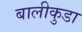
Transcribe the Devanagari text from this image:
बालीकुडा